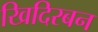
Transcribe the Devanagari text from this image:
खिदिरबन